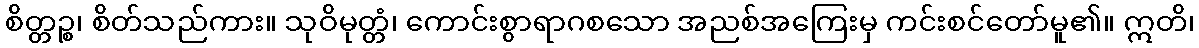
စိတ္တဉ္စ၊ စိတ်သည်ကား။ သုဝိမုတ္တံ၊ ကောင်းစွာရာဂစသော အညစ်အကြေးမှ ကင်းစင်တော်မူ၏။ ဣတိ၊